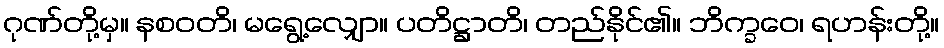
ဂုဏ်တို့မှ။ နစဝတိ၊ မရွေ့လျှော။ ပတိဋ္ဌာတိ၊ တည်နိုင်၏။ ဘိက္ခဝေ၊ ရဟန်းတို့။